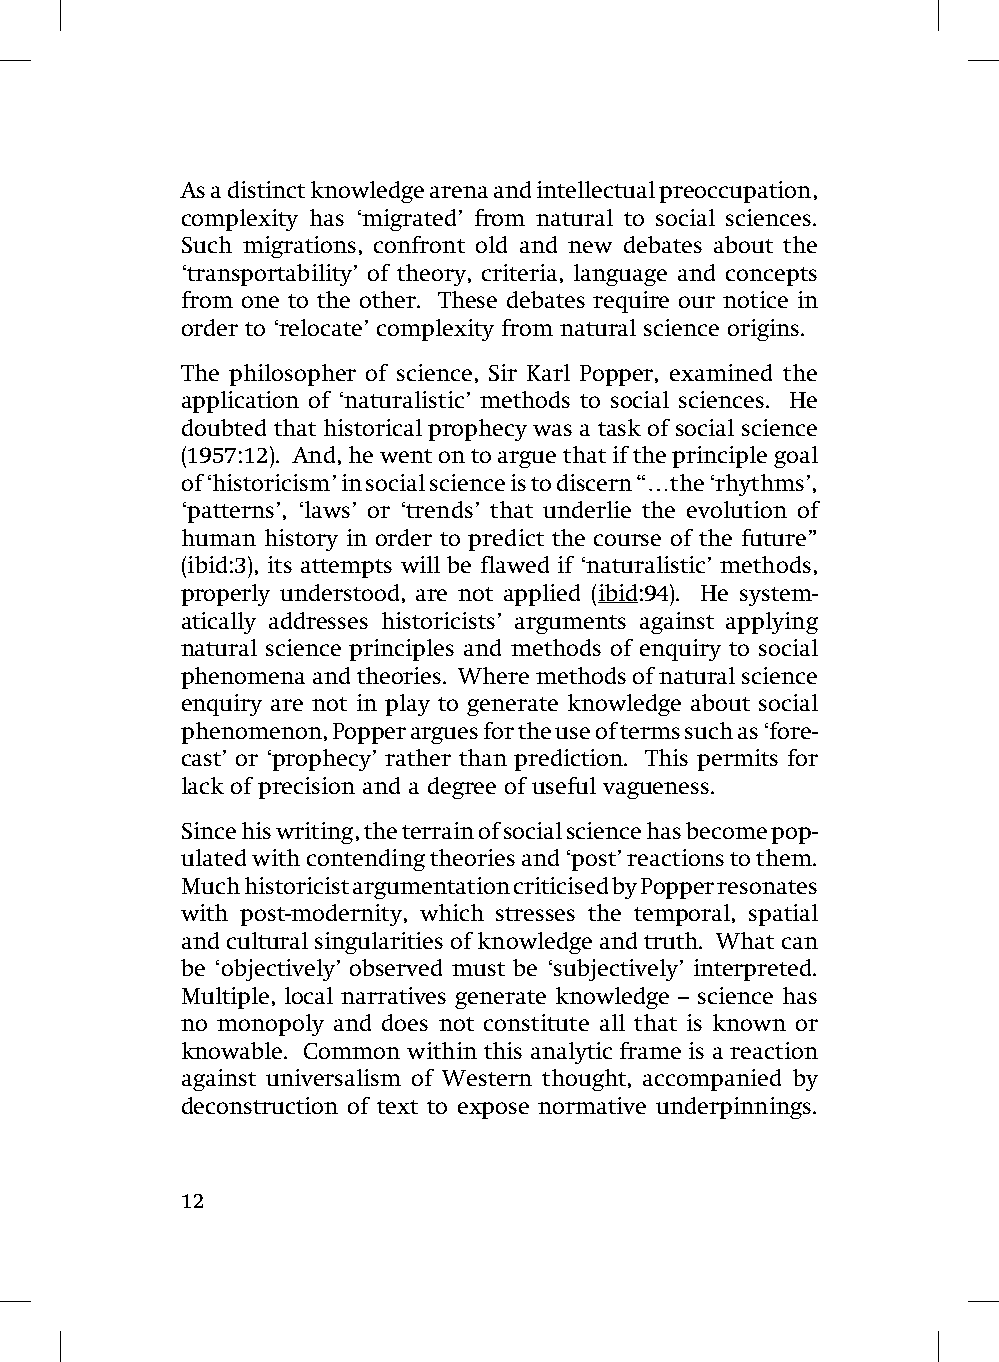
As a distinct knowledge arena and intellectual preoccupation,
 complexity has ‘migrated’ from natural to social sciences.
 Such migrations, confront old and new debates about the
 ‘transportability’ of theory, criteria, language and concepts
 from one to the other. These debates require our notice in
 order to ‘relocate’ complexity from natural science origins.
 The philosopher of science, Sir Karl Popper, examined the
 application of ‘naturalistic’ methods to social sciences. He
 doubted that historical prophecy was a task of social science
 (1957:12). And, he went on to argue that if the principle goal
 of ‘historicism’ in social science is to discern “…the ‘rhythms’,
 ‘patterns’, ‘laws’ or ‘trends’ that underlie the evolution of
 human history in order to predict the course of the future”
 (ibid:3), its attempts will be flawed if ‘naturalistic’ methods,
 properly understood, are not applied (ibid:94). He system-
 atically addresses historicists’ arguments against applying
 natural science principles and methods of enquiry to social
 phenomena and theories. Where methods of natural science
 enquiry are not in play to generate knowledge about social
 phenomenon, Popper argues for the use of terms such as ‘fore-
 cast’ or ‘prophecy’ rather than prediction. This permits for
 lack of precision and a degree of useful vagueness.
 Since his writing, the terrain of social science has become pop-
 ulated with contending theories and ‘post’ reactions to them.
 Much historicist argumentation criticised by Popper resonates
 with post-modernity, which stresses the temporal, spatial
 and cultural singularities of knowledge and truth. What can
 be ‘objectively’ observed must be ‘subjectively’ interpreted.
 Multiple, local narratives generate knowledge – science has
 no monopoly and does not constitute all that is known or
 knowable. Common within this analytic frame is a reaction
 against universalism of Western thought, accompanied by
 deconstruction of text to expose normative underpinnings.
 12